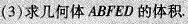
(3)求几何体ABFED的体积。